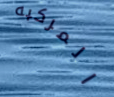
المركبه